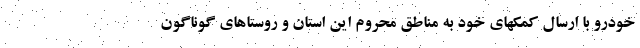
خودرو با ارسال کمکهای خود به مناطق محروم این استان و روستاهای گوناگون